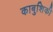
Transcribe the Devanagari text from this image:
काबुशिकी